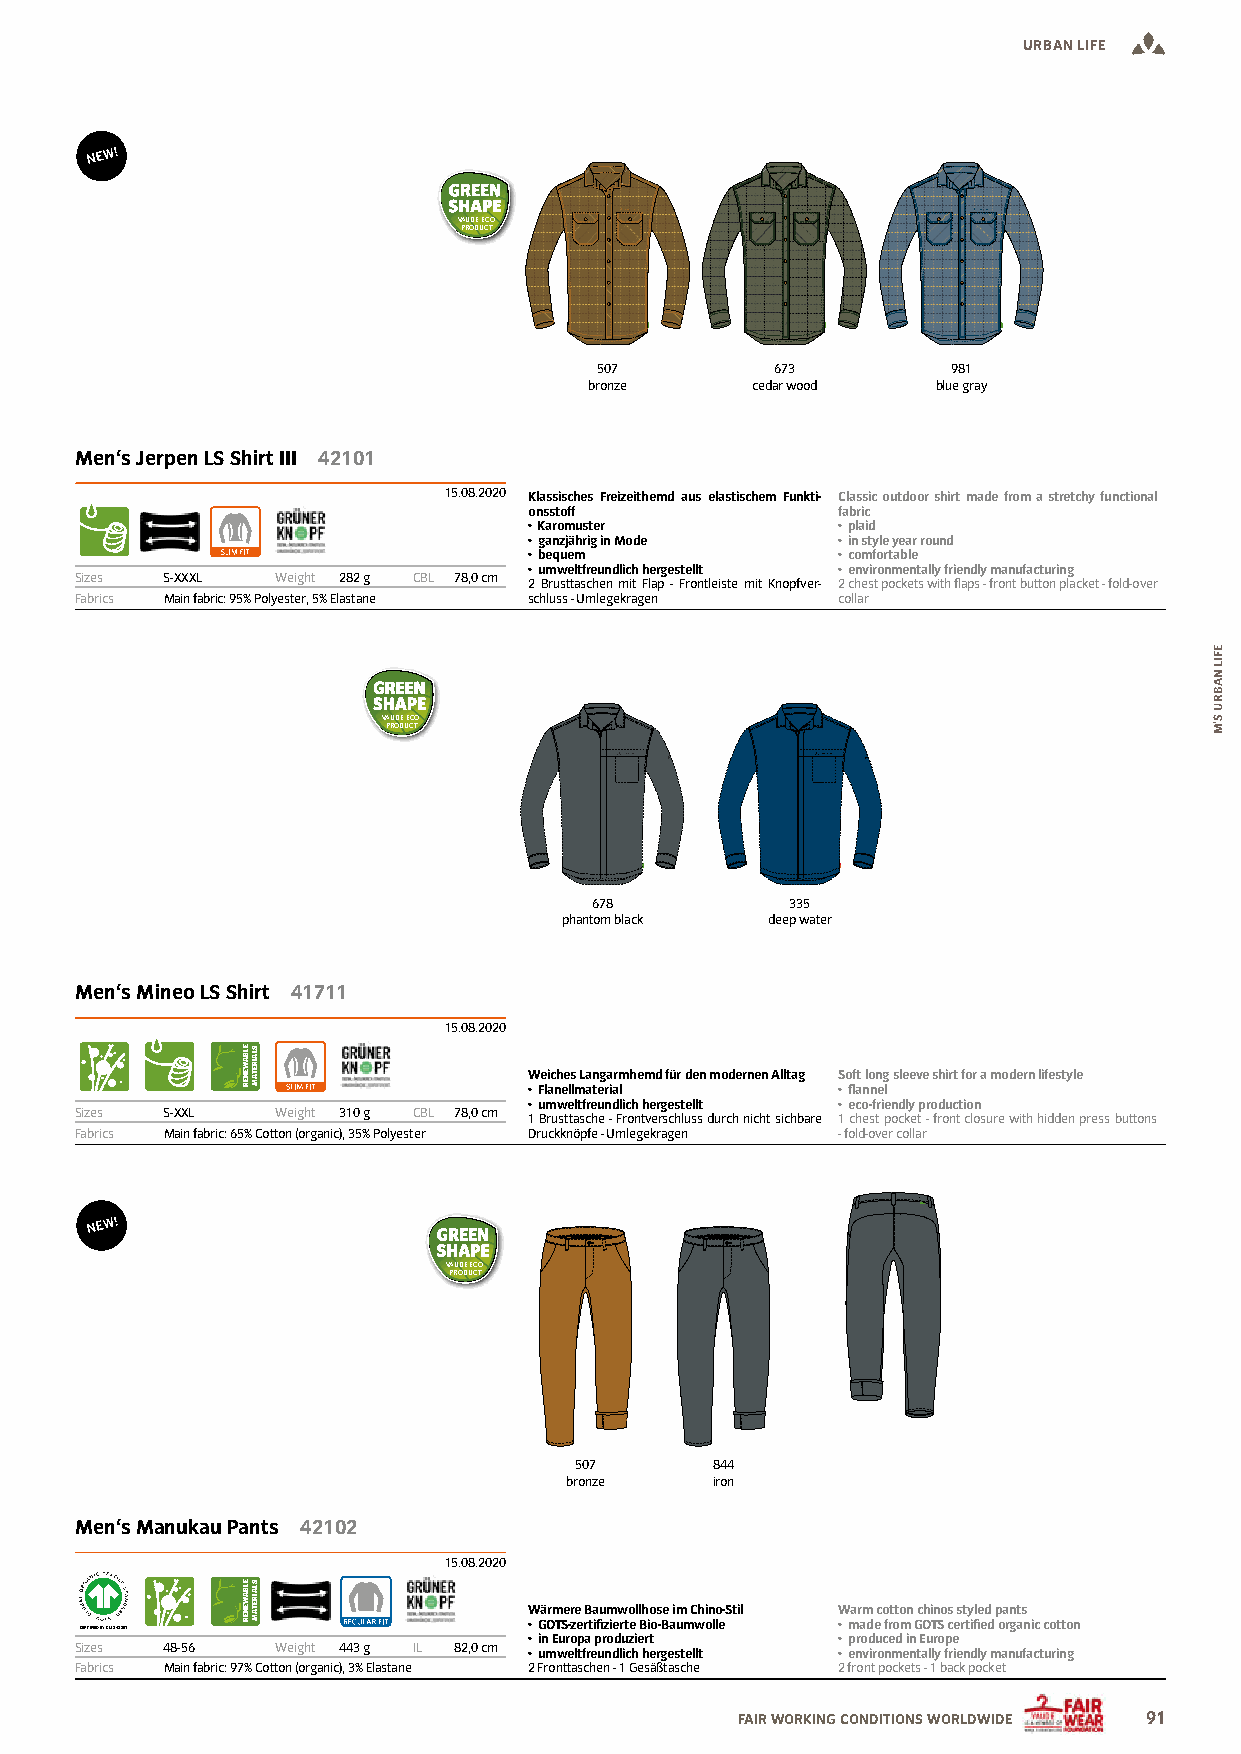
URBAN LIFE
 VAUDE ECO
 PRODUCT
 507        673         981
 bronze     cedar wood  blue gray
 Men‘s Jerpen LS Shirt III 42101
 15.08.2020 Klassisches Freizeithemd aus elastischem Funkti- Classic outdoor shirt made from a stretchy functional
 onsstoff            fabric
 • Karomuster        • plaid
 • ganzjährig in Mode • in style year round
 • bequem            • comfortable
 • umweltfreundlich hergestellt • environmentally friendly manufacturing
 Sizes S-XXXL Weight 282 g CBL 78,0 cm 2 Brusttaschen mit Flap - Frontleiste mit Knopfver- 2 chest pockets with flaps - front button placket - fold-over
 Fabrics Main fabric: 95% Polyester, 5% Elastane schluss - Umlegekragen collar
 VAUDE ECO
 PRODUCT
 678          335
 phantom black deep water
 Men‘s Mineo LS Shirt 41711
 15.08.2020
 Weiches Langarmhemd für den modernen Alltag Soft long sleeve shirt for a modern lifestyle
 • Flanellmaterial   • lannel
 • umweltfreundlich hergestellt • eco-friendly production
 Sizes S-XXL  Weight 310 g CBL 78,0 cm 1 Brusttasche - Frontverschluss durch nicht sichbare 1 chest pocket - front closure with hidden press buttons
 Fabrics Main fabric: 65% Cotton (organic), 35% Polyester Druckknöpfe - Umlegekragen - fold-over collar
 VAUDE ECO
 PRODUCT
 507      844
 bronze    iron
 Men‘s Manukau Pants 42102
 15.08.2020
 Wärmere Baumwollhose im Chino-Stil Warm cotton chinos styled pants
 • GOTS-zertiizierte Bio-Baumwolle • made from GOTS certiied organic cotton
 CERTIFIED BY CU 843201
 • in Europa produziert • produced in Europe
 Sizes 48-56  Weight 443 g IL 82,0 cm
 • umweltfreundlich hergestellt • environmentally friendly manufacturing
 Fabrics Main fabric: 97% Cotton (organic), 3% Elastane 2 Fronttaschen - 1 Gesäßtasche 2 front pockets - 1 back pocket
 FAIR WORKING CONDITIONS WORLDWIDE 91
 ELBAWENER
 ELBAWENER
 SLAIRETAM
 SLAIRETAM
 EFIL
 NABRU
 S’M